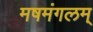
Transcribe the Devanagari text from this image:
मषमंगलम्